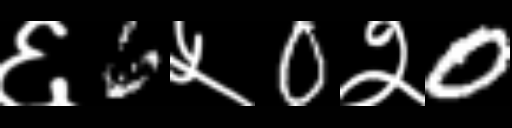
Text: ६6५0२0